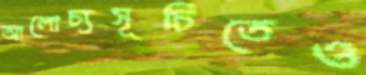
আলোচ্যসূচিতেও